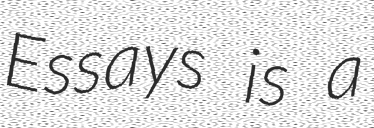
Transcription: Essays is a